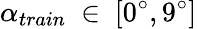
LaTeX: \alpha_{train}~\in~[0^{\circ},9^{\circ}]